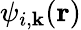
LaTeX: \psi_{i,\textbf{k}}(\textbf{r})